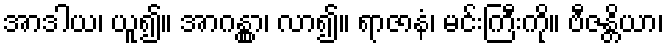
အာဒါယ၊ ယူ၍။ အာဂန္တွာ၊ လာ၍။ ရာဇာနံ၊ မင်းကြီးကို။ ဗီဇန္တိယာ၊